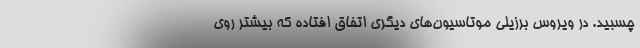
چسبید. در ویروس برزیلی موتاسیون‌های دیگری اتفاق افتاده که بیشتر روی